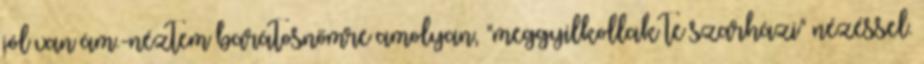
jól van ám.-néztem barátosnőmre amolyan, "meggyilkollak te szarházi" nézéssel.